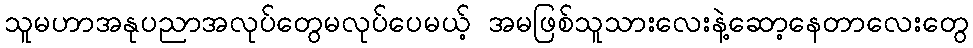
သူမဟာအနုပညာအလုပ်တွေမလုပ်ပေမယ့် အမဖြစ်သူသားလေးနဲ့ဆော့နေတာလေးတွေ